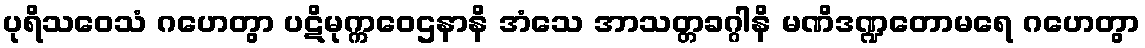
ပုရိသဝေသံ ဂဟေတွာ ပဋိမုက္ကဝေဌနာနိ အံသေ အာသတ္တခဂ္ဂါနိ မဏိဒဏ္ဍတောမရေ ဂဟေတွာ